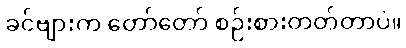
ခင်ဗျားက တော်တော် စဉ်းစားတတ်တာပဲ။